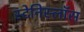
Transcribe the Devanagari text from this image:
स्टेनिस्लॉस